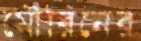
মৌরিনের